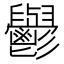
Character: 𮫘